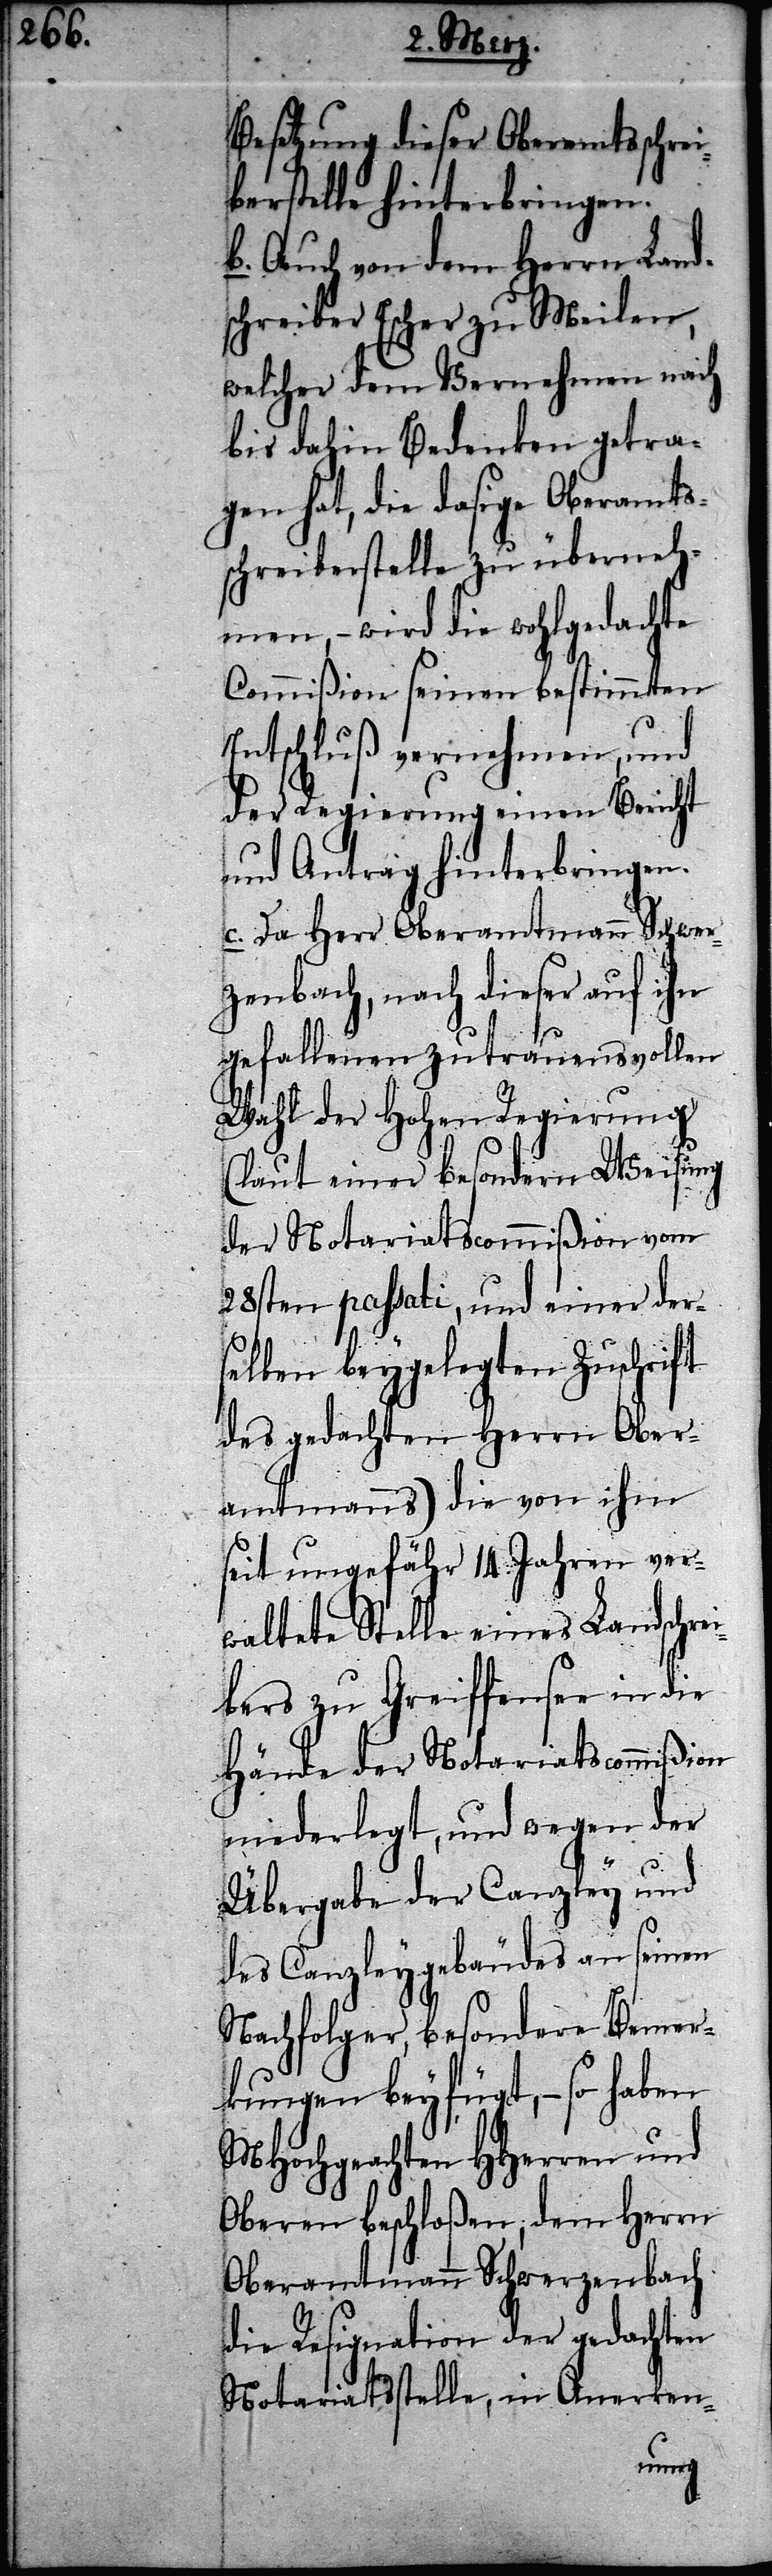
Besetzung dieser Oberamtsschrei¬
berstelle hinterbringen.
b. Auch von dem Herrn Land¬
schreiber Escher zu Meilen,
welcher dem Vernehmen nach
bis dahin Bedenken getra¬
gen hat, die dasige Oberamts¬
schreiberstelle zu überneh¬
men, – wird die wohlgedachte
Commißion seinen bestimmten
Entschluß vernehmen, und
der Regierung einen Bericht
und Antrag hinterbringen.
c. Da Herr Oberamtmann Schwer¬
zenbach, nach dieser auf ihn
gefallenen zutrauensvollen
Wahl der Hohen Regierung
(laut einer besondern Weisung
der Notariatscommißion vom
28sten passati, und einer der¬
selben beygelegten Zuschrift
des gedachten Herrn Ober¬
amtmanns) die von ihm
seit ungefähr 14. Jahren ver¬
waltete Stelle eines Landschre¬
ibers zu Greiffensee in die
Hände der Notariatscommißion
niederlegt, und wegen der
Übergabe der Canzley und
des Canzleygebäudes an seinen
Nachfolger, besondere Bemer¬
kungen beyfügt, – so haben
MHochgeachten HHerren und
Oberen beschloßen, dem Herrn
Oberamtmann Schwerzenbach
die Resignation der gedachten
Notariatsstelle, in Anerken-